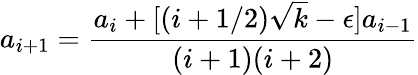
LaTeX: a_{i+1}=\frac{a_{i}+\lbrack(i+1/2)\sqrt{k}-\epsilon\rbrack a_{i-1}}{(i+1)(i+2)}